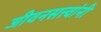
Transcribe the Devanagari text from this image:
जीवनसत्त्वांनी